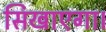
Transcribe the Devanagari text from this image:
सिखाएगा।